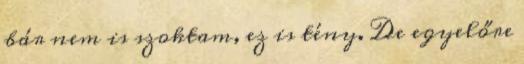
bár nem is szoktam, ez is tény. De egyelőre